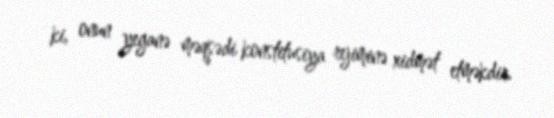
ki, onun yeganə məqsədi konstitusiya rejiminə xidmət etməkdir.